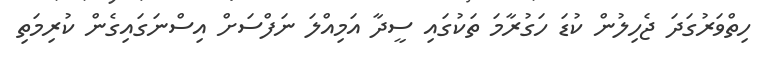
ހިތްވަރުގަދަ ޖެހިލުން ކުޑަ ހަގުރާމަ ތަކުގައި ސީދާ އަމިއްލަ ނަފްސަށް އިސްނަގައިގެން ކުރިމަތި